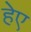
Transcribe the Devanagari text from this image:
हेए